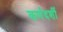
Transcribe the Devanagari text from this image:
कर्णदर्शी